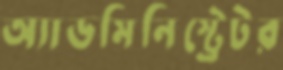
অ্যাডমিনিস্ট্রেটর